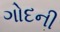
ગોદની